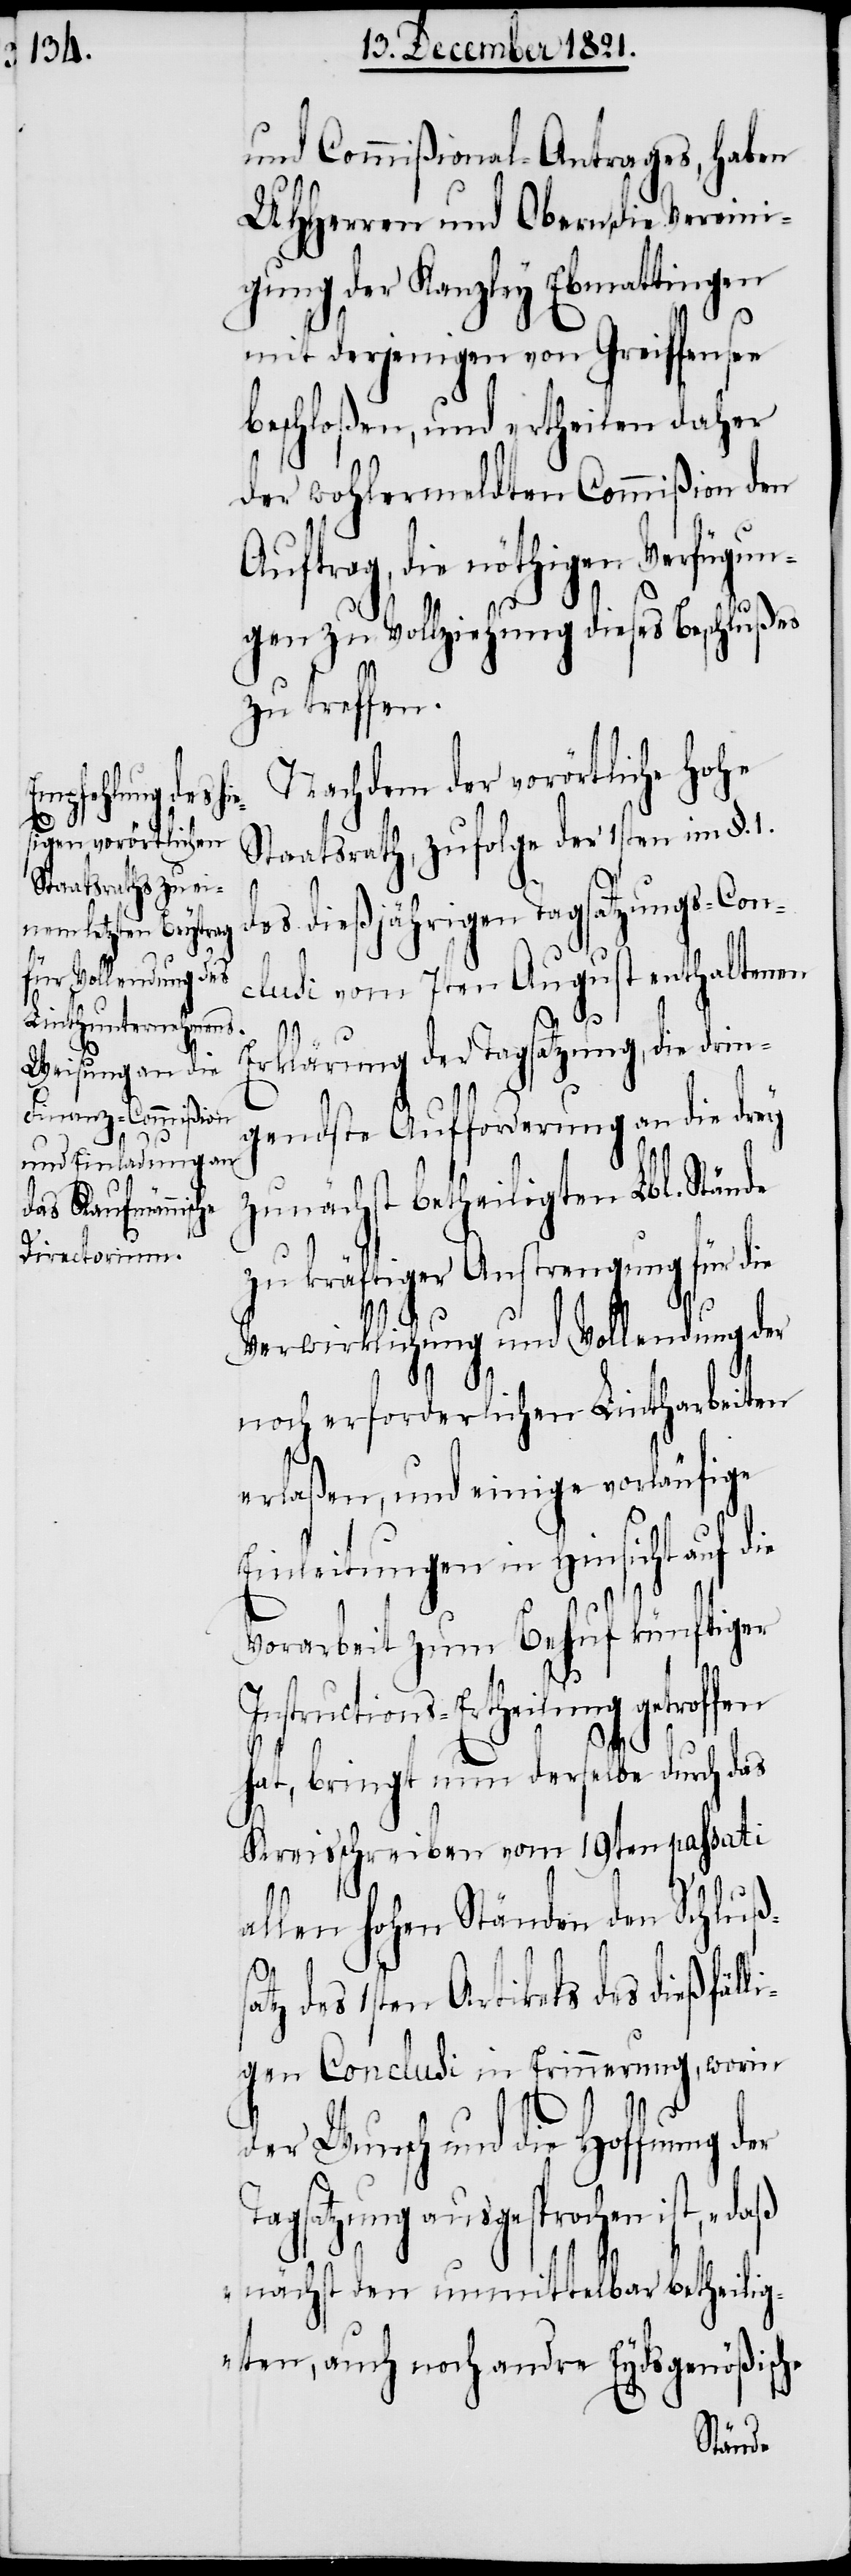
he

und Commißional-Antrages, haben
UHHerren und Obern, die Vereini¬
gung der Kanzley Ebmattingen
mit derjenigen von Greiffensee
beschloßen, und ertheilen daher
der wohlermeldten Commißion den
uftrag, die nöthigen Verfügun¬
gen zu Vollziehung dieses Beschlußes
zu treffen.
Nachdem der vorörtliche Hohe
Staatsrath, zufolge der 1sten im §. 1.
des dießjährigen Tagsatzungs-Con¬
clusi vom 7ten August enthaltenen
E¬
rklärung der Tagsatzung, die drin¬
gendste Aufforderung an die drey
zunächst betheiligten Lbl. Stände
kräftiger Anstrengung für
Verwirklichung und Vollendung der
li¬
noch erforderlichen Lintharbeiten
erlaßen, und einige vorläufige
Einleitungen in Hinsicht auf die
Vorarbeit zum Behuf künftiger
Instructions-Ertheilung getroffen
hat, bringt nun derselbe durch das
Kreisschreiben vom 19ten passati
allen hohen Ständen den Schlußs¬
a¬
tz des 1sten Artikels des dießfäl¬
gen Conclusi in Erinnerung, worin
der Wunsch und die Hoffnung
gsatzung ausgesprochen ist,
nächst den unmittelbar betheilig¬
ten, auch noch andre Eydsgenößisc¬